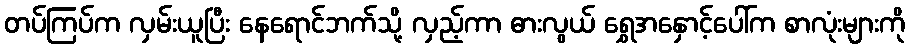
တပ်ကြပ်က လှမ်းယူပြီး နေရောင်ဘက်သို့ လှည့်ကာ ဓားလွယ် ရွှေအနှောင့်ပေါ်က စာလုံးများကို